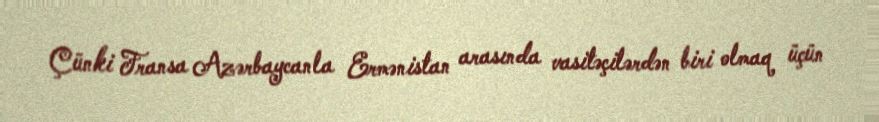
Çünki Fransa Azərbaycanla Ermənistan arasında vasitəçilərdən biri olmaq üçün